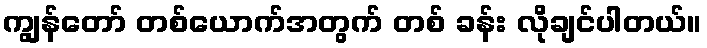
ကျွန်တော် တစ်ယောက်အတွက် တစ် ခန်း လိုချင်ပါတယ်။